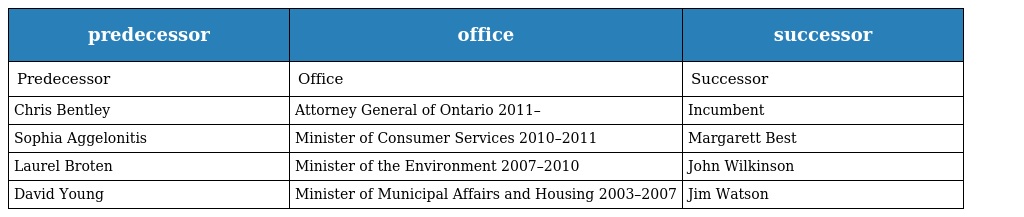
| predecessor | office | successor |
 | --- | --- | --- |
 | Predecessor | Office | Successor |
 | Chris Bentley | Attorney General of Ontario 2011– | Incumbent |
 | Sophia Aggelonitis | Minister of Consumer Services 2010–2011 | Margarett Best |
 | Laurel Broten | Minister of the Environment 2007–2010 | John Wilkinson |
 | David Young | Minister of Municipal Affairs and Housing 2003–2007 | Jim Watson |